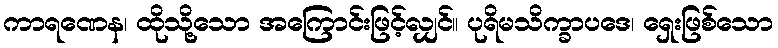
ကာရဏေန၊ ထိုသို့သော အကြောင်းဖြင့်လျှင်။ ပုရိမသိက္ခာပဒေ၊ ရှေးဖြစ်သော